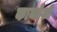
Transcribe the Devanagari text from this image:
कायदेशी